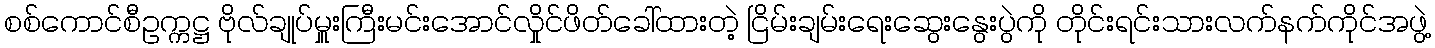
စစ်ကောင်စီဥက္ကဋ္ဌ ဗိုလ်ချုပ်မှူးကြီးမင်းအောင်လှိုင်ဖိတ်ခေါ်ထားတဲ့ ငြိမ်းချမ်းရေးဆွေးနွေးပွဲကို တိုင်းရင်းသားလက်နက်ကိုင်အဖွဲ့